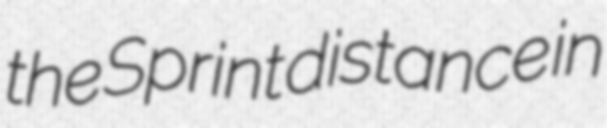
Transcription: the Sprint distance in